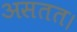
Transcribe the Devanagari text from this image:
असतत।